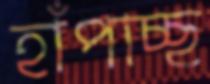
হাঁপাচ্ছ